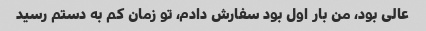
عالی بود، من بار اول بود سفارش دادم، تو زمان کم به دستم رسید